Newspaper: Daily Democrat and news. [volume]
Place of publication: Davenport, Iowa
Publisher: Maguire, Richardson & Co.
Date: 1860-03-09 00:00:00
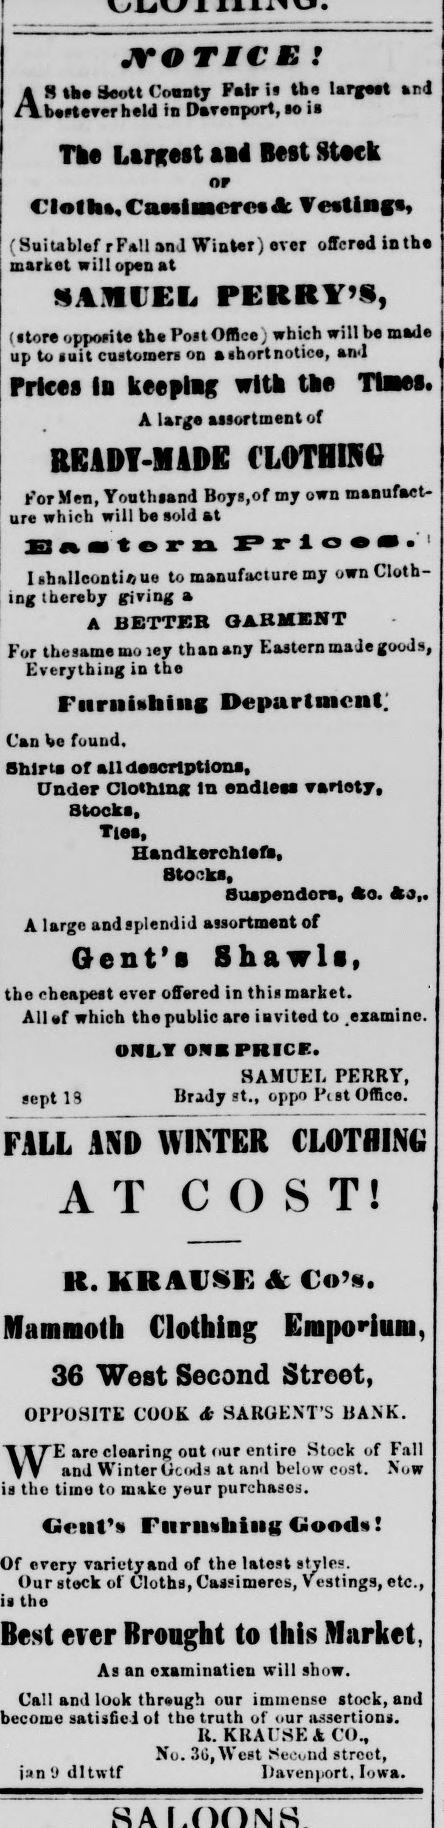
Advertisement text (OCR):
JTO TMCE An t%E 3eott County Pair is the Hnrgtil M4 bertever held in DaTenport, so is The Lanrest aai Best Stock OP CI«lhi,CaNincr(!«ft ¥e*tinga« (Suitablef rFall and Wialer)«r«t offered lathe market will open at SAMUEL PERRY'S, (store oppocite the Post Office which will be Bsede up to suit customers on ashortnotice, and Prices In keeplog with tie TUMS. A lar^e assortment of BEADY-MADE ('LOTHINtt For Men, Youthssnd Boy«,of say own maaufact ure which will be sold at Baater n pr io«». I shallcontii) ue to manufacture my own Cloth ing thereby (riving a A BETTER GARMENT For thesame mo ley than any Eastern made goods, Kveiythiiig in the Furiiifthing Department Can be foutid. Bblrta or all descriptions, Under Clothing In endlMi vststy, Stocks, Tim, Handksrehlsft, Btocks, Suapendors, At, Ma,. A large and splendid assortment of Gent's Shawls, the cheapest ever offered in this market. Allef which the public are invited to .examine. MLT ONB PRICK. sept 18 WEand SAMUEL PERRY, Brndy st., oppo 1\ st Office. FALL AND WINTER CLOTHING A O S K. KRAUSE A €»'•. Mammoth Clothing Emporium, 36 West Second Street, OPPOSITE COOK A SARGENT'S BANK. arc clearing out our entiro Stock of Fall Winter GLIHIH at and below cost. Now in tho tiino to tuakc y«ur purchased. Geut'a Fiirmhing Ciood«! every varictyand of the latest stales. Our stock of Cloths, Cassimeres, Vestings, etc., the erer Brought to this Market, As an examination will simw. Call and look through our imtnense stock, and become satisfied ot the truth of our assertions. It. KRAUSE A CO., N'u. .'jGjWui't St-.-i.lid street, jan'J dltwtf iJavcnport. Iuwa.
Label: text-only